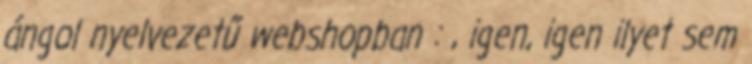
ángol nyelvezetű webshopban : , igen, igen ilyet sem